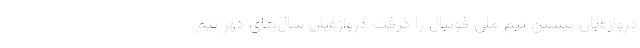
دروازه‌بان پیشین تیم ملی فوتبال را گرفت دروازه‌بان سال‌های دور تیم